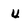
Character: U